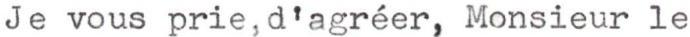
Je vous prie,d'agréer, Monsieur le